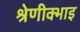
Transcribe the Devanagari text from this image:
श्रेणीक्भाइ